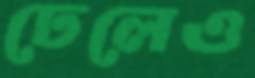
ঢেলেও